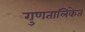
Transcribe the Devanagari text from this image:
गुणतालिकेत